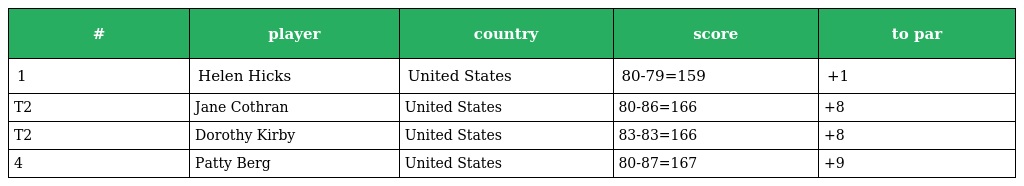
| # | player | country | score | to par |
 | --- | --- | --- | --- | --- |
 | 1 | Helen Hicks | United States | 80-79=159 | +1 |
 | T2 | Jane Cothran | United States | 80-86=166 | +8 |
 | T2 | Dorothy Kirby | United States | 83-83=166 | +8 |
 | 4 | Patty Berg | United States | 80-87=167 | +9 |